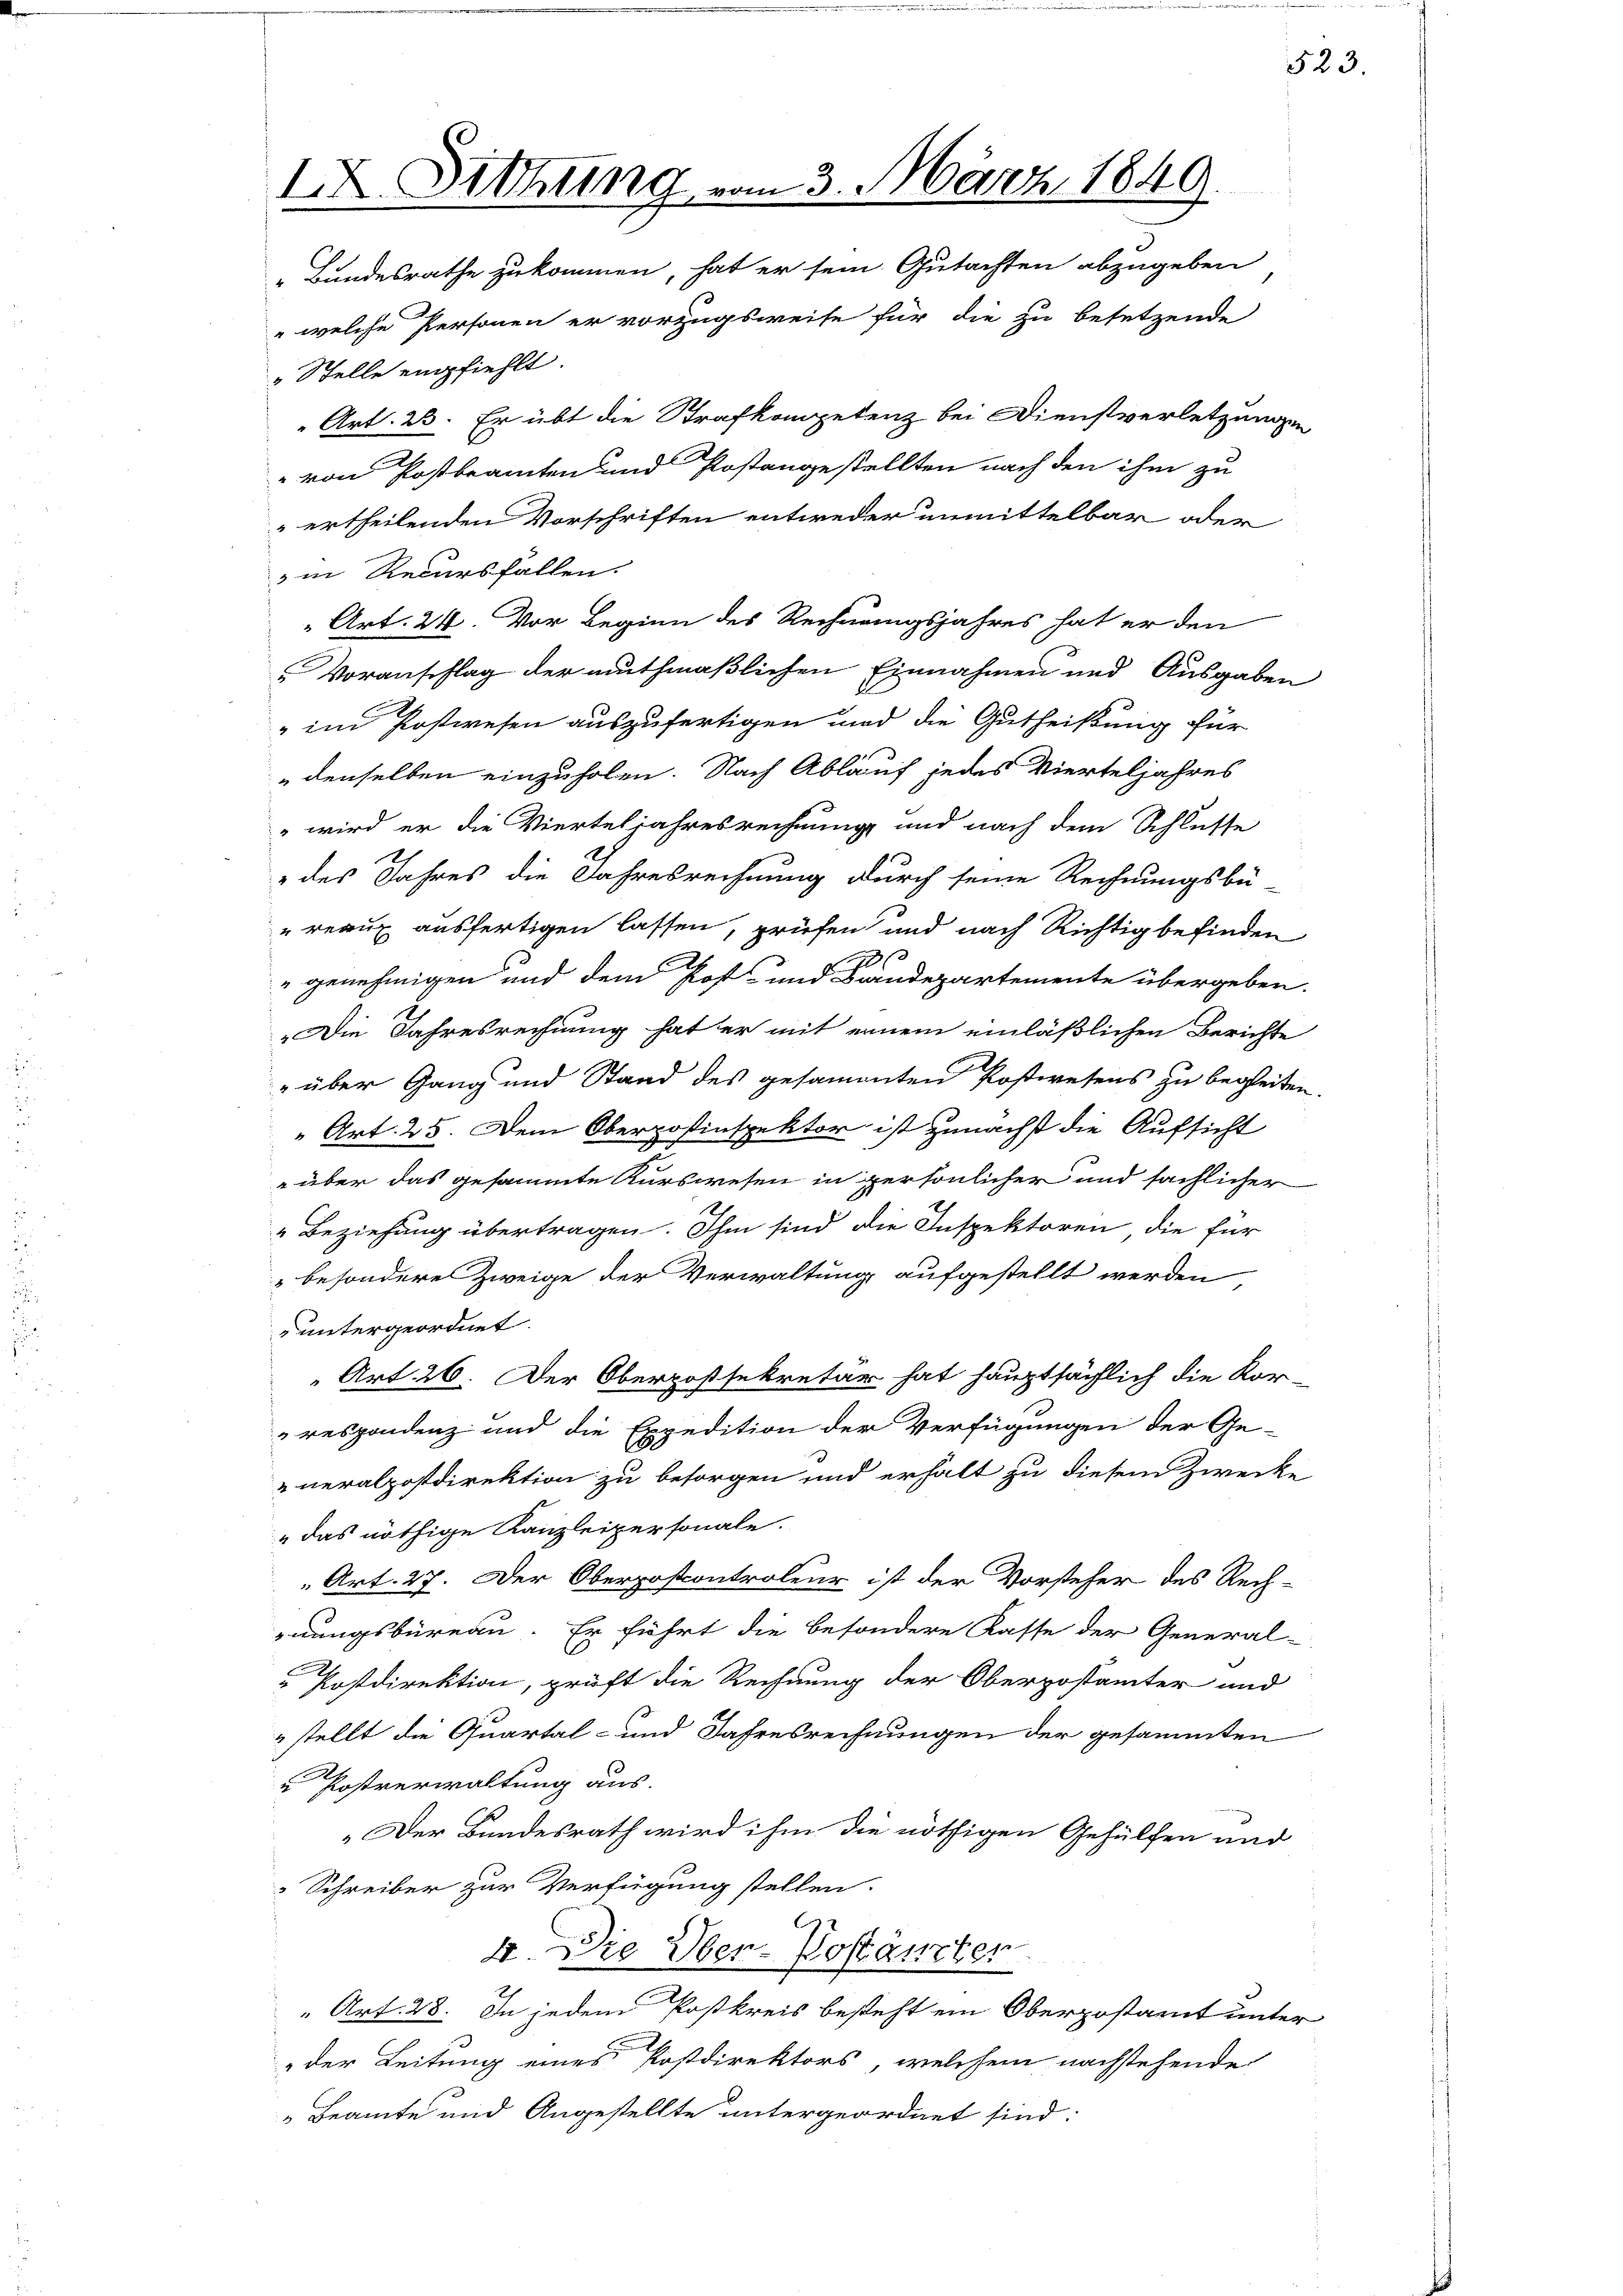
IX. Drohung vom 3. März 1849.
Bundesrathe zukommen, hat er sein Gutachten abzugeben
" welche Personen er vorzugsweise für die zu besetzende

" Stelle empfiehlt.
Art. 23. Er übt die Strafkompetenz bei Dienstverletzungen
" von Postbeamten und Postangestellten nach den ihm zu
 ertheilenden Vorschriften entweder unmittelbar oder
3 in Recursfallen.
" Art. 24. Vor Beginn des Rechnungsjahres hat er den
Voranschlag der muthmaßlichen Einnahmen und Ausgaben
" im Postwesen auszufertigen und die Gutheilung für
denselben einzuholen. Nach Ablauf jedes Vierteljahres
" wird er die Vierteljahresrechnung und nach dem Schlüsse
des Jahres die Jahresrechnung durch seine Rechnungsbü-
reaux ausfertigen lassen, prüfen und nach Richtig befinden
" genehmigen und dem Post- und Landepartemente übergeben.
Die Jahresrechnung hat er mit einem einläßlichen Berichte
" über Gang und Stand des gesammten Postwesens zu begleiten
Art. 25. Dem Oberpostinspektor ist zunächst die Aufsicht
 über das gesammte Kurswesen in persönlicher und sächlicher
"Beziehung übertragen. Ihm sind die Inspektoren die für
besondere Zweige der Verwaltung aufgestellt werden
 untergeordnet.
Art. 26. Der Obergossekretär hat hauptsächlich die Kor-
respondenz und die Expedition der Verfügungen der Ge-
neralpostdirektion zu besorgen und erhalt zu diesem Zwecke
das nöthige Kanzleipersonale.
Art. 27. Der Oberposcontroleur ist der Vorsteher des Rech-
nungsbüreau. Er führt die besondere Kasse der General-
Postdirektion, prüft die Rechnung der Oberpostämter und
stellt die Quartal- und Jahresrechnungen der gesammten
 Postverwaltung aus.
„Der Bundesrath wird ihm die nöthigen Gehülfen und
Schreiber zur Verfügung stellen.
4 Die Über-Postanzten
“ Art. 28. In jedem Postkreis besteht ein Oberpostamt unter
der Leitung eines Postdirektors, welchem nachstehende
Beamte und Angestellte untergeordnet sind:

523.